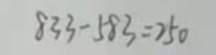
8 3 3 - 5 8 3 = 2 5 0